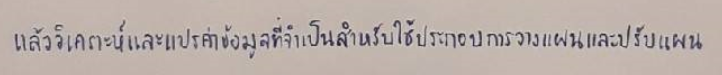
แล้ววิเคราะห์และแปรค่าข้อมูลที่จำเป็นสำหรับใช้ประกอบการวางแผนและปรับแผน